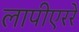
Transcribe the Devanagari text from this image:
लापीएररे